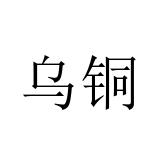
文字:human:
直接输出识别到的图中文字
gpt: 乌铜